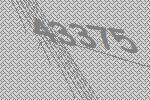
43375